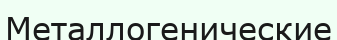
Металлогенические